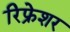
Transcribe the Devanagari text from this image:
रिफ्रेशर